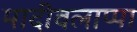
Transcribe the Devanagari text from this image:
मादीवलाप्पा